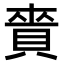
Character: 𧶐